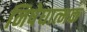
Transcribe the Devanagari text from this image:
निषेघात्मक